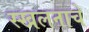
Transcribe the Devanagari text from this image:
स्खलनाचे